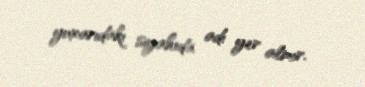
yuxarıdakı siyahıda adı yer almır.